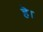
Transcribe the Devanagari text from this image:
हॆ।